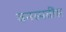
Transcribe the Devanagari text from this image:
वनस्पतींस